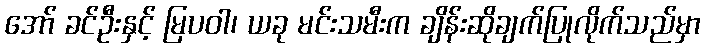
အော် ခင်ဦးနှင့် မြပဝါ၊ ယခု မင်းသမီးက ချိန်းဆိုချက်ပြုလိုက်သည်မှာ